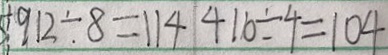
9 1 2 \div 8 = 1 1 4 4 1 6 \div 4 = 1 0 4